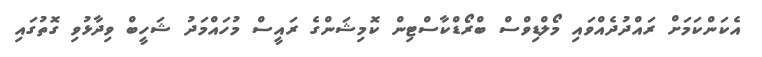
އެކަންކަމަށް ރައްދުދެއްވައި މޯލްޑިވްސް ބްރޯޑްކާސްޓިން ކޮމިޝަންގެ ރައީސް މުހައްމަދު ޝަހީބް ވިދާޅުވި ގޮތުގައި